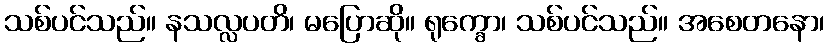
သစ်ပင်သည်။ နသလ္လပတိ၊ မပြောဆို။ ရုက္ခော၊ သစ်ပင်သည်။ အစေတနော၊